Senior Leaving Certificate Examination (including Day School Certificate (Higher) General paper), 1950
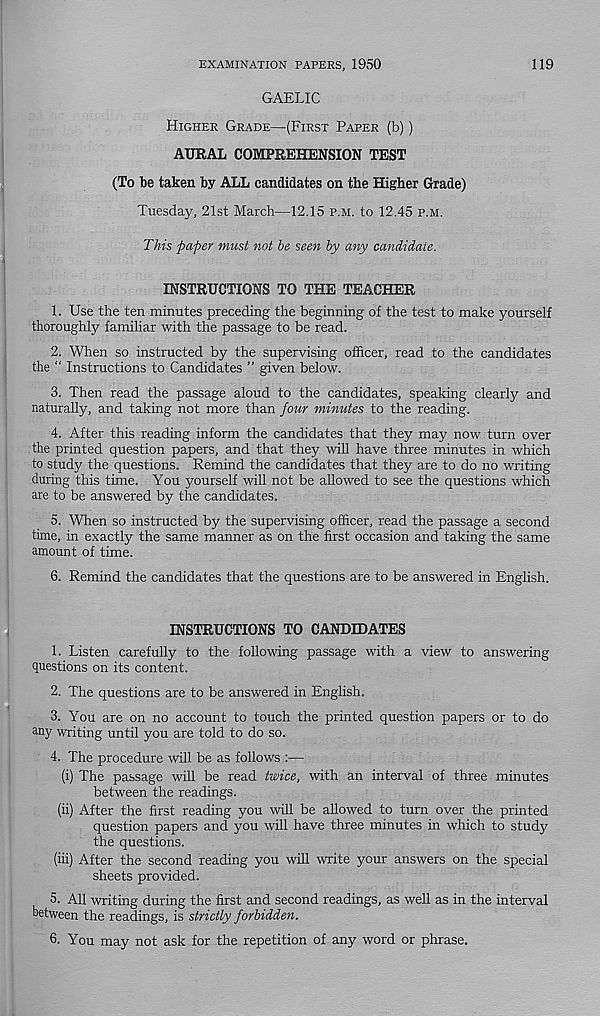
EXAMINATION PAPERS, 1950
119
GAELIC
Higher Grade—(First Paper (b))
AURAL COMPREHENSION TEST
(To be taken by ALL candidates on the Higher Grade)
Tuesday, 21st March—12.15 p.m. to 12.45 p.m.
This paper must not be seen by any candidate.
INSTRUCTIONS TO THE TEACHER
1. Use the ten minutes preceding the beginning of the test to make yourself
thoroughly familiar with the passage to be read.
2. When so instructed by the supervising officer, read to the candidates
the “ Instructions to Candidates ” given below.
3. Then read the passage aloud to the candidates, speaking clearly and
naturally, and taking not more than four minutes to the reading.
4. After this reading inform the candidates that they may now turn over
the printed question papers, and that they will have three minutes in which
to study the questions. Remind the candidates that they are to do no writing
during this time. You yourself will not be allowed to see the questions which
are to be answered by the candidates.
5. When so instructed by the supervising officer, read the passage a second
time, in exactly the same manner as on the first occasion and taking the same
amount of time.
6. Remind the candidates that the questions are to be answered in English.
INSTRUCTIONS TO CANDIDATES
1. Listen carefully to the following passage with a view to answering
questions on its content.
2. The questions are to be answered in English.
3. You are on no account to touch the printed question papers or to do
any writing until you are told to do so.
4. The procedure will be as follows :—
(i) The passage will be read twice, with an interval of three minutes
between the readings.
(ii) After the first reading you will be allowed to turn over the printed
question papers and you will have three minutes in which to study
the questions.
(iii) After the second reading you will write your answers on the special
sheets provided.
5. All writing during the first and second readings, as well as in the interval
between the readings, is strictly forbidden.
6. You may not ask for the repetition of any word or phrase.